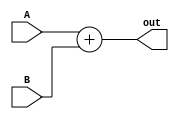
module ADD_FIX_POINT_FLOAT ( A, B, out );
parameter width = 16;
input  [width:1] A,B;
output [width:1] out;
assign out = A + B;
endmodule